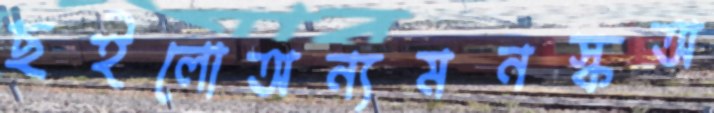
ছইলোঅন্যমনস্কঅ